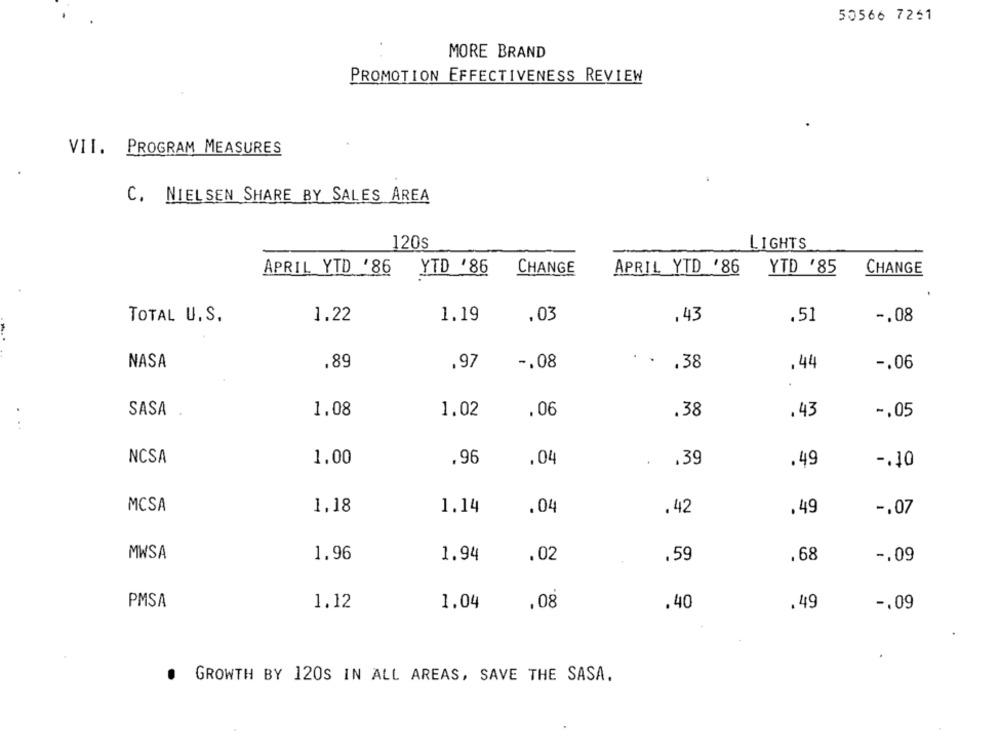
50566 7261
MORE BRAND
PROMOTION EFFECTIVENESS REVIEW
VII. PROGRAM MEASURES
C. NIELSEN SHARE BY SALES AREA
120s
LIGHTS
APRIL YTD '86
YTD '86
CHANGE
APRIL YTD '86
YTD '85
CHANGE
1.19
.03
TOTAL U.S.
1.22
,43
.51
-. 08
NASA
.89
.97
-. 08
. . . 38
.44
-. 06
SASA
1.08
1.02
.06
.38
.43
-. 05
NCSA
1.00
.96
.04
.
.39
.49
-. 40
MCSA
1,18
1.14
.04
.42
.49
-. 07
MWSA
1.96
1.94
.02
.59
.68
-. 09
.08
PMSA
1.12
1.04
.40
.49
-. 09
GROWTH BY 120S IN ALL AREAS, SAVE THE SASA.